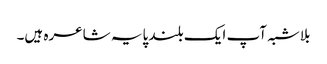
بلاشبہ آپ ایک بلند پایہ شاعرہ ہیں۔